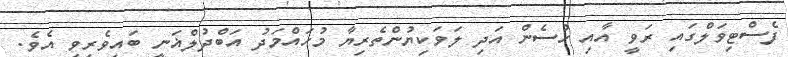
ފެސްޓިވަލްގައި ރަވީ އާއި ހުސެން އަދި ލަވަކިޔުންތެރިޔާ މުހައްމަދު އަބްދުލްޣަނީ ބައިވެރިވި އެވެ.